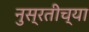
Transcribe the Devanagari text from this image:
नुस्रतीच्या